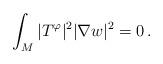
LaTeX: \begin{align*} \int_M |T^\varphi|^2 |\nabla w|^2 = 0 \, .\end{align*}